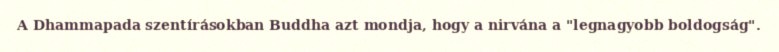
A Dhammapada szentírásokban Buddha azt mondja, hogy a nirvána a "legnagyobb boldogság".